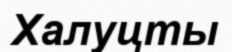
Халуцты